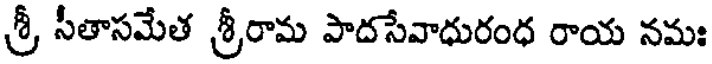
శ్రీ సీతాసమేత శ్రీరామ పాదసేవాధురంధ రాయ నమః